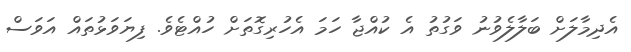
އެދިމާލަށް ބަލާލެވުނު ވަގުތު އެ ކުއްޖާ ހަމަ އެހުރިގޮތަށް ހުއްޓެވެ. ފިޔަވަޅުތައް އަވަސް